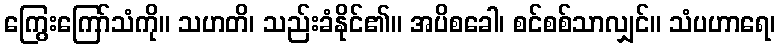
ကြွေးကြော်သံကို။ သဟတိ၊ သည်းခံနိုင်၏။ အပိစခေါ၊ စင်စစ်သာလျှင်။ သံပဟာရေ၊